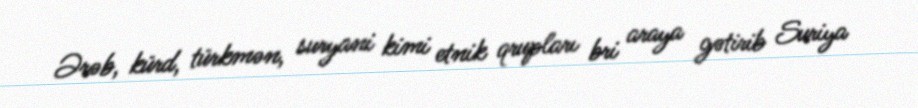
Ərəb, kürd, türkmən, suryani kimi etnik qrupları bri araya gətirib Suriya